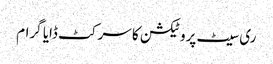
ری سیٹ پروٹیکشن کا سرکٹ ڈایا گرام